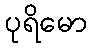
ပုရိမော